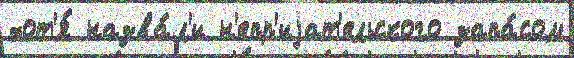
хот'я́ назва́л'и н'епр'иjат'ельского запа́сом